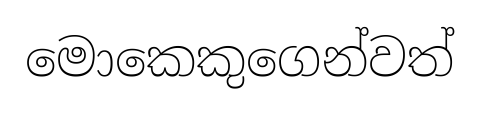
මොකෙකුගෙන්වත්